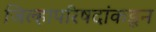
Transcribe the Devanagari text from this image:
जिल्हापरिषदांकडून